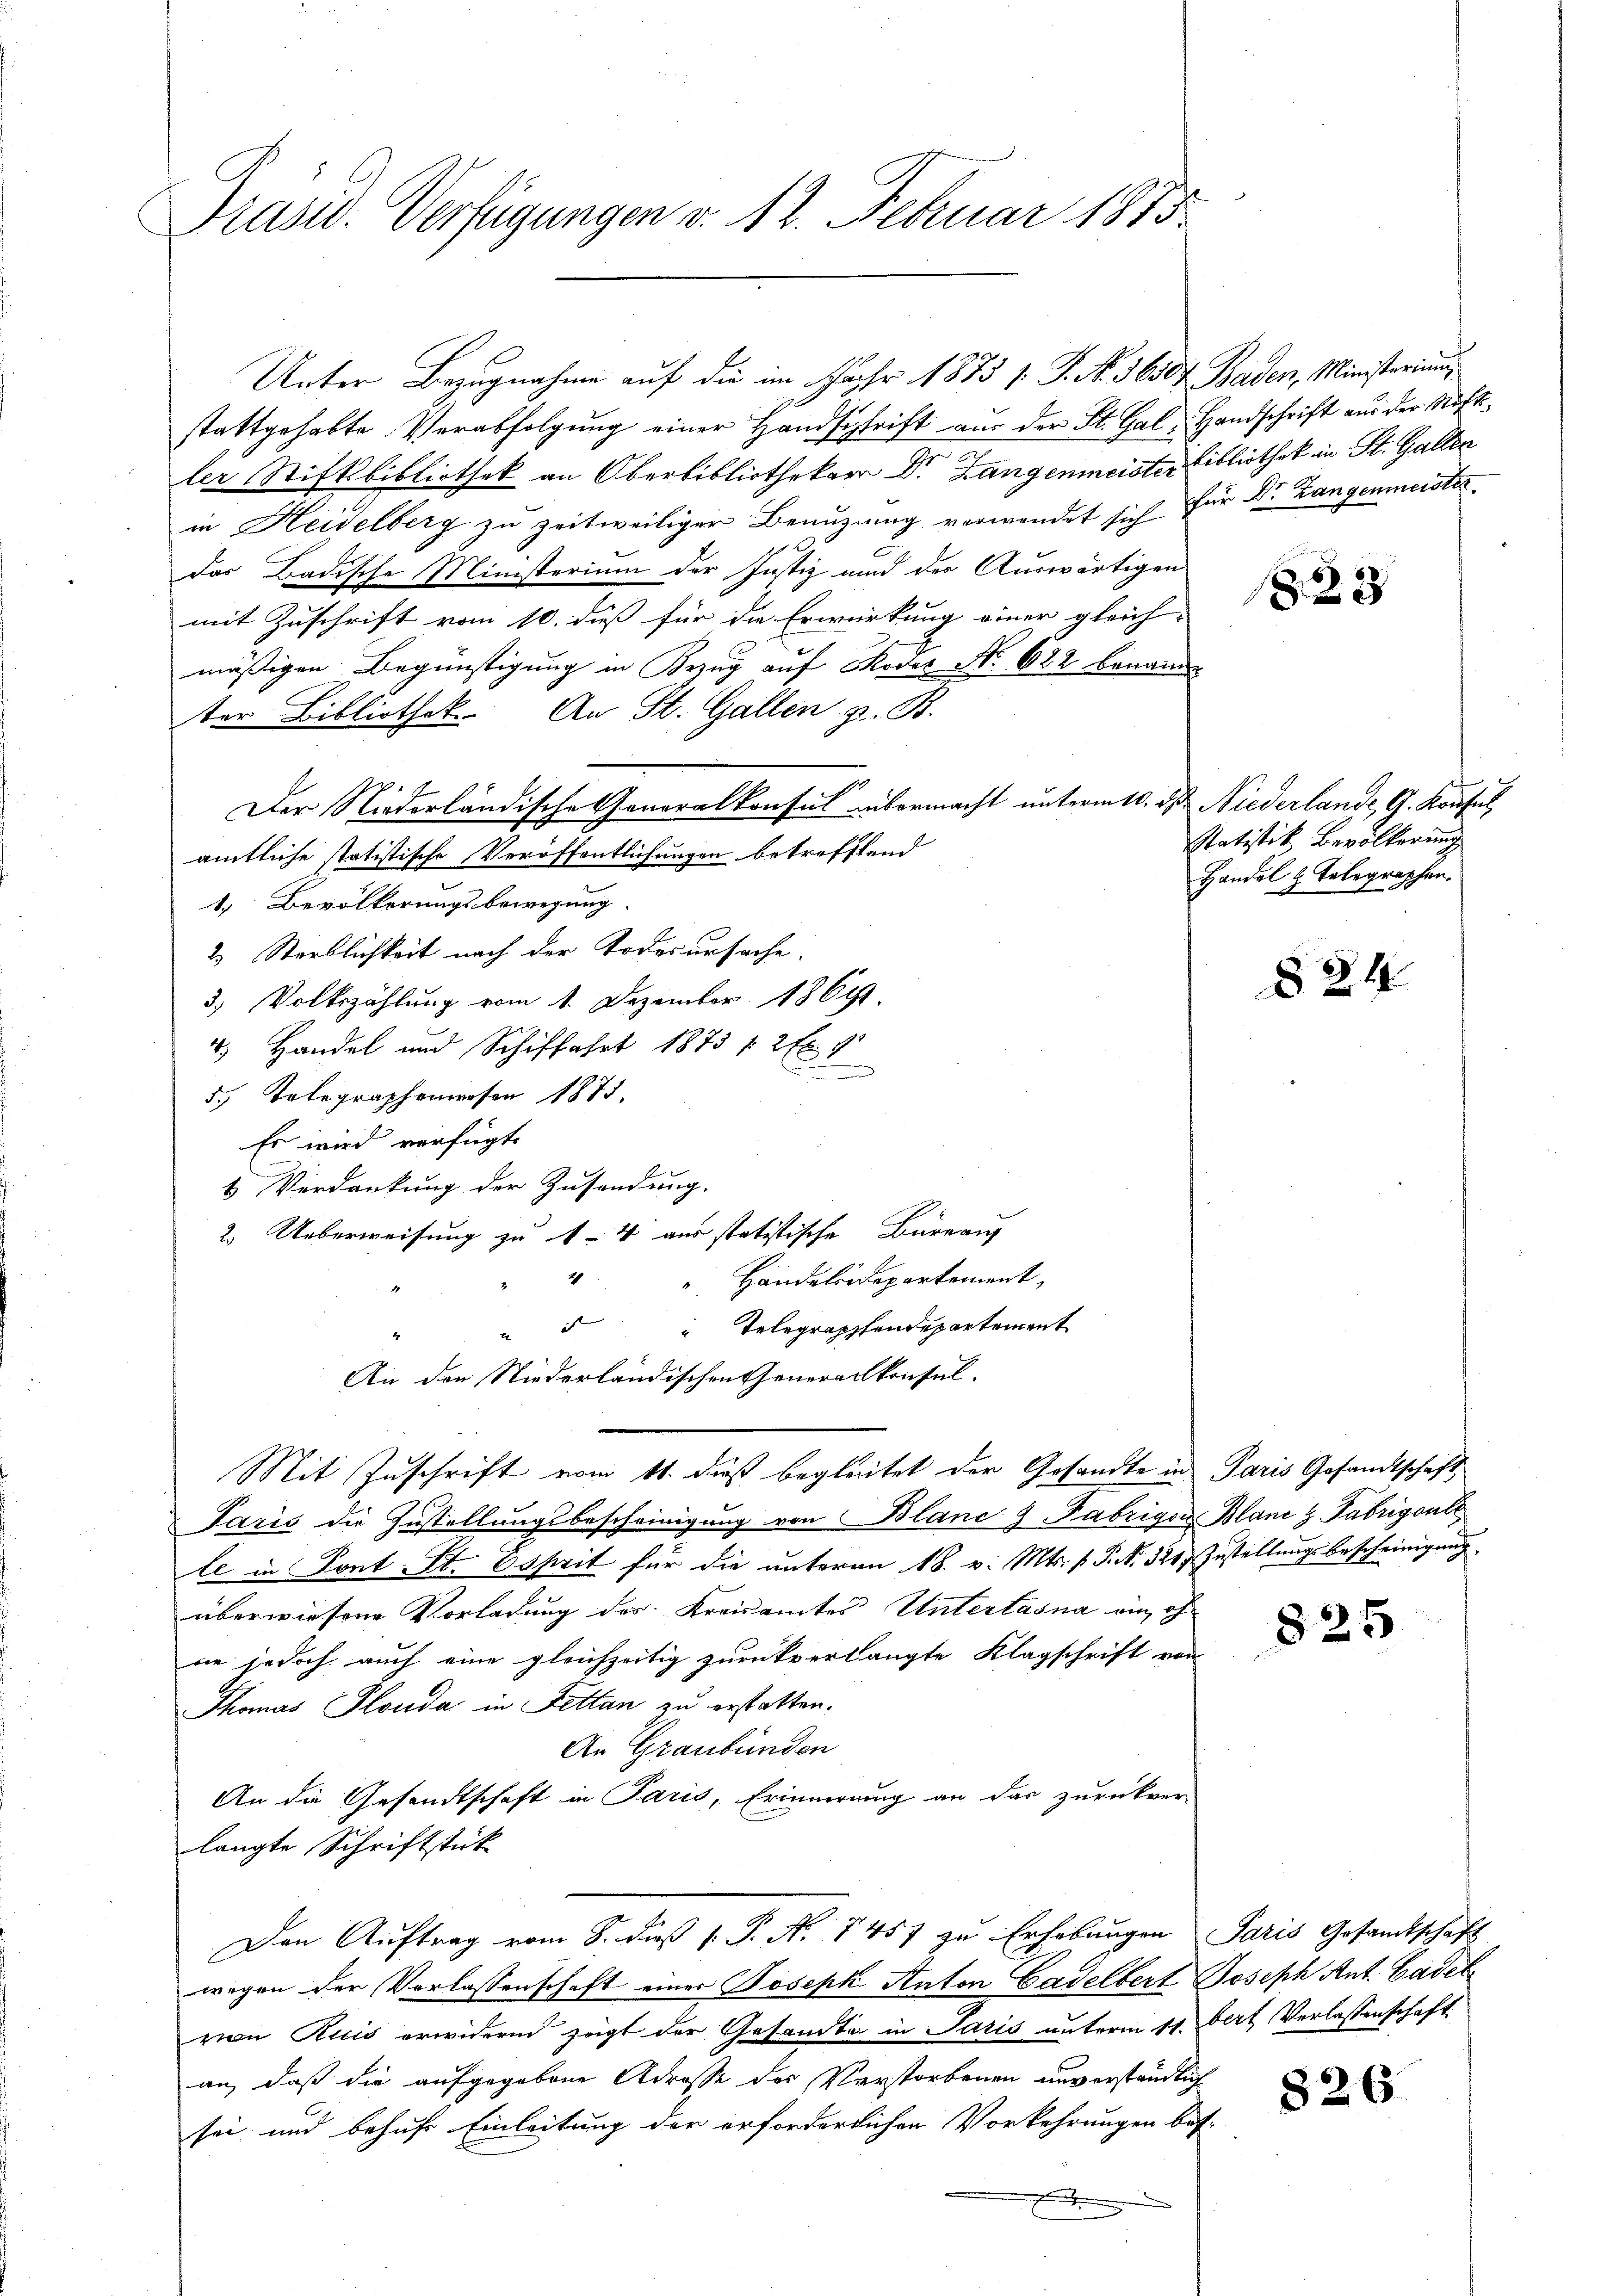
Prände Verfügungen v. 12. Febuar 1813.

Unter Bezugnahme auf die im Jahr 1875 /: P. Nr. 3650 Baden, Ministerium
stattgehabte Verabfolgung einer Handschrift aus der St. Gal, Handschrift aus der Stiftsler Stiftbibliothek an Oberbibliothekar Dr. Langenmeister Bibliothek in St. Gallen
in Heidelberg zu zeitweiliger Benuzung verwendet sich für Dr. Langenmeister
das Badische Ministerium der Justiz und der Auswärtigen
mit Zuschrift vom 10. dieß für die Erwirkung einer gleich-
mäßigen Begünstigung in Bezug auf Roder No 622 benann
ter Bibliothek. An St. Gallen z. B.
Der Niederländische Generalkonsul übermacht unterm 10. ds Niederlande G. Konsul
amtliche statistische Veröffentlichungen betrefftend
1. Bevölkerungsbewegung
2) Sterblichkeit nach der Todesursache.
3.) Volkszählung vom 1. Dezember 1869
4.) Handel und Schiffahrt 1875 12 Ex. 9
u
5.) Telegraphenwesen 1873.
Es wird verfügt:
1 Verdankung der Zusendung.
2. Ueberweisung zu 14 aus statistische Büreau
2
Handeleidepartement,
Telegrappfendepartement

E
An den Niederländischen Generalkonsul-
Mit Zuschrift vom 11. daß begleitet der Gesandte in Paris Gesandtschaft
Paris die Zustellungsbescheinigung von Blanc 9 Fabrigen Bland z. Fabrigente
te in Sont St. Esprit für die unterm 18. v. Mts. f. P. Nr. 324, Zustellungsbescheinigung
überwiesene Vorladung der Kreisamtes Untertasna ein, ohne jedoch auch eine gleichzeitig zurückverlangte Klagschrift von
Thomas Plauda in Fettan zu erstatten.
An Graubünden
An die Gesandtschaft in Paris, Erinnerung an das zurückver-
langte Schriftstück
Den Auftrag vom 8. daß P. P. N. 1457 zu Erhebungen Paris Gesandtschaft
wegen der Verlassenschaft einer Joseph Anton Gadelbert Joseph Ant. Gadelvon Ruis erwidernd zeigt der Gesandte in Paris unterm 11. Fert Verlassenschaft
an, daß die aufgegebene Adresse des Verstorbenen unverständlich
sei und behufs Einleitung der erforderlichen Vorkehrungen bes
.

1823

Statistik Bevölkerung
Handel z. Telegraphen.

§21

825

826